Plague in India, 1896, 1897 - Volume 2
Year: 1896
Disease focus: Plague
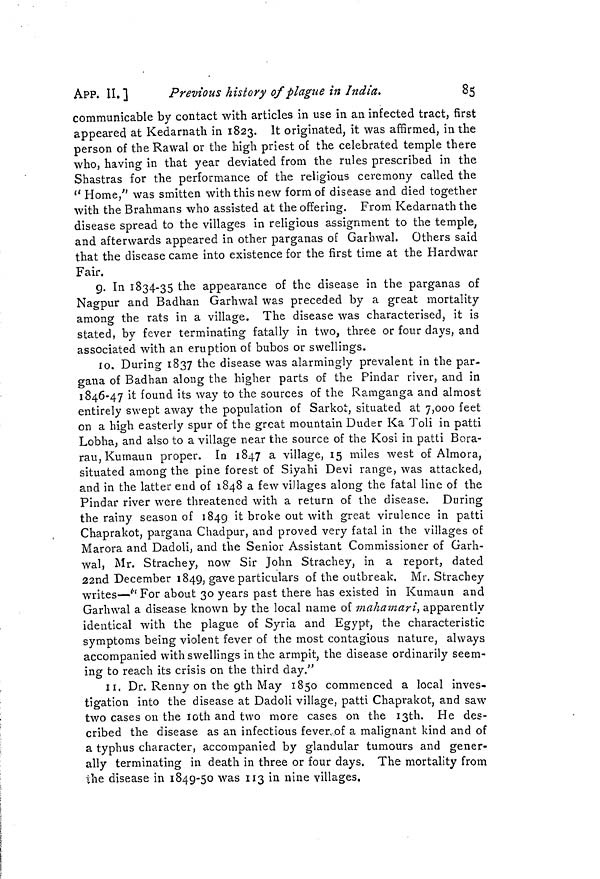
APP. II. ]
Previous history of plague in India.
85
communicable by contact with articles in use in an infected tract, first
appeared at Kedarnath in 1823. It originated, it was affirmed, in the
person of the Rawal or the high priest of the celebrated temple there
who, having in that year deviated from the rules prescribed in the
Shastras for the performance of the religious ceremony called the
" Home," was smitten with this new form of disease and died together
with the Brahmans who assisted at the offering. From Kedarnath the
disease spread to the villages in religious assignment to the temple,
and afterwards appeared in other parganas of Garbwal. Others said
that the disease came into existence for the first time at the Hardwar
Fair.
9. In 1834-35 the appearance of the disease in the parganas of
Nagpur and Badhan Garhwal was preceded by a great mortality
among the rats in a village. The disease was characterised, it is
stated, by fever terminating fatally in two, three or four days, and
associated with an eruption of bubos or swellings.
10. During 1837 the disease was alarmingly prevalent in the par-
gana of Badhan along the higher parts of the Pindar river, and in
1846-47 it found its way to the sources of the Ramganga and almost
entirely swept away the population of Sarkot, situated at 7,000 feet
on a high easterly spur of the great mountain Duder Ka Toli in patti
Lobha, and also to a village near the source of the Kosi in patti Bora-
rau, Kumaun proper. In 1847 a village, 15 miles west of Almora,
situated among the pine forest of Siyahi Devi range, was attacked,
and in the latter end of 1848 a few villages along the fatal line of the
Pindar river were threatened with a return of the disease. During
the rainy season of 1849 it broke out with great virulence in patti
Chaprakot, pargana Chadpur, and proved very fatal in the villages of
Marora and Dadoli, and the Senior Assistant Commissioner of Garh-
wal, Mr. Strachey, now Sir John Strachey, in a report, dated
22nd December 1849, gave particulars of the outbreak. Mr. Strachey
writes—"For about 30 years past there has existed in Kumaun and
Garhwal a disease known by the local name of mahamari, apparently
identical with the plague of Syria and Egypt, the characteristic
symptoms being violent fever of the most contagious nature, always
accompanied with swellings in the armpit, the disease ordinarily seem-
ing to reach its crisis on the third day."
II, Dr. Renny on the 9th May 1850 commenced a local inves-
tigation into the disease at Dadoli village, patti Chaprakot, and saw
two cases on the 10th and two more cases on the 13th. He des-
cribed the disease as an infectious fever,of a malignant kind and of
a typhus character, accompanied by glandular tumours and gener-
ally terminating in death in three or four days. The mortality from
the disease in 1849-50 was 113 in nine villages.